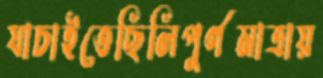
যাচাইতেছিলিপুর্ণমাত্রায়